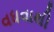
વધવાથી